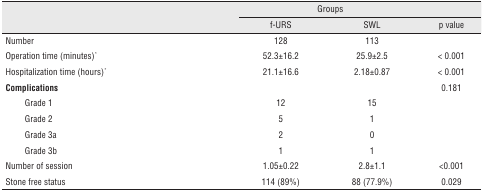
| <ROWSPAN=2-COLSPAN=2>  | <COLSPAN=2> Groups |  |
 | f-URS | SWL | p value |
 | --- | --- | --- | --- | --- |
 | <COLSPAN=2> Number | 128 | 113 |  |
 | <COLSPAN=2> Operation time (minutes)* | 52.3±16.2 | 25.9±2.5 | < 0.001 |
 | <COLSPAN=2> Hospitalization time (hours)* | 21.1±16.6 | 2.18±0.87 | < 0.001 |
 | <COLSPAN=2> Complications |  |  | 0.181 |
 | <ROWSPAN=4>  | Grade 1 | 12 | 15 |  |
 | Grade 2 | 5 | 1 |  |
 | Grade 3a | 2 | 0 |  |
 | Grade 3b | 1 | 1 |  |
 | <COLSPAN=2> Number of session | 1.05±0.22 | 2.8±1.1 | <0.001 |
 | <COLSPAN=2> Stone free status | 114 (89%) | 88 (77.9%) | 0.029 |